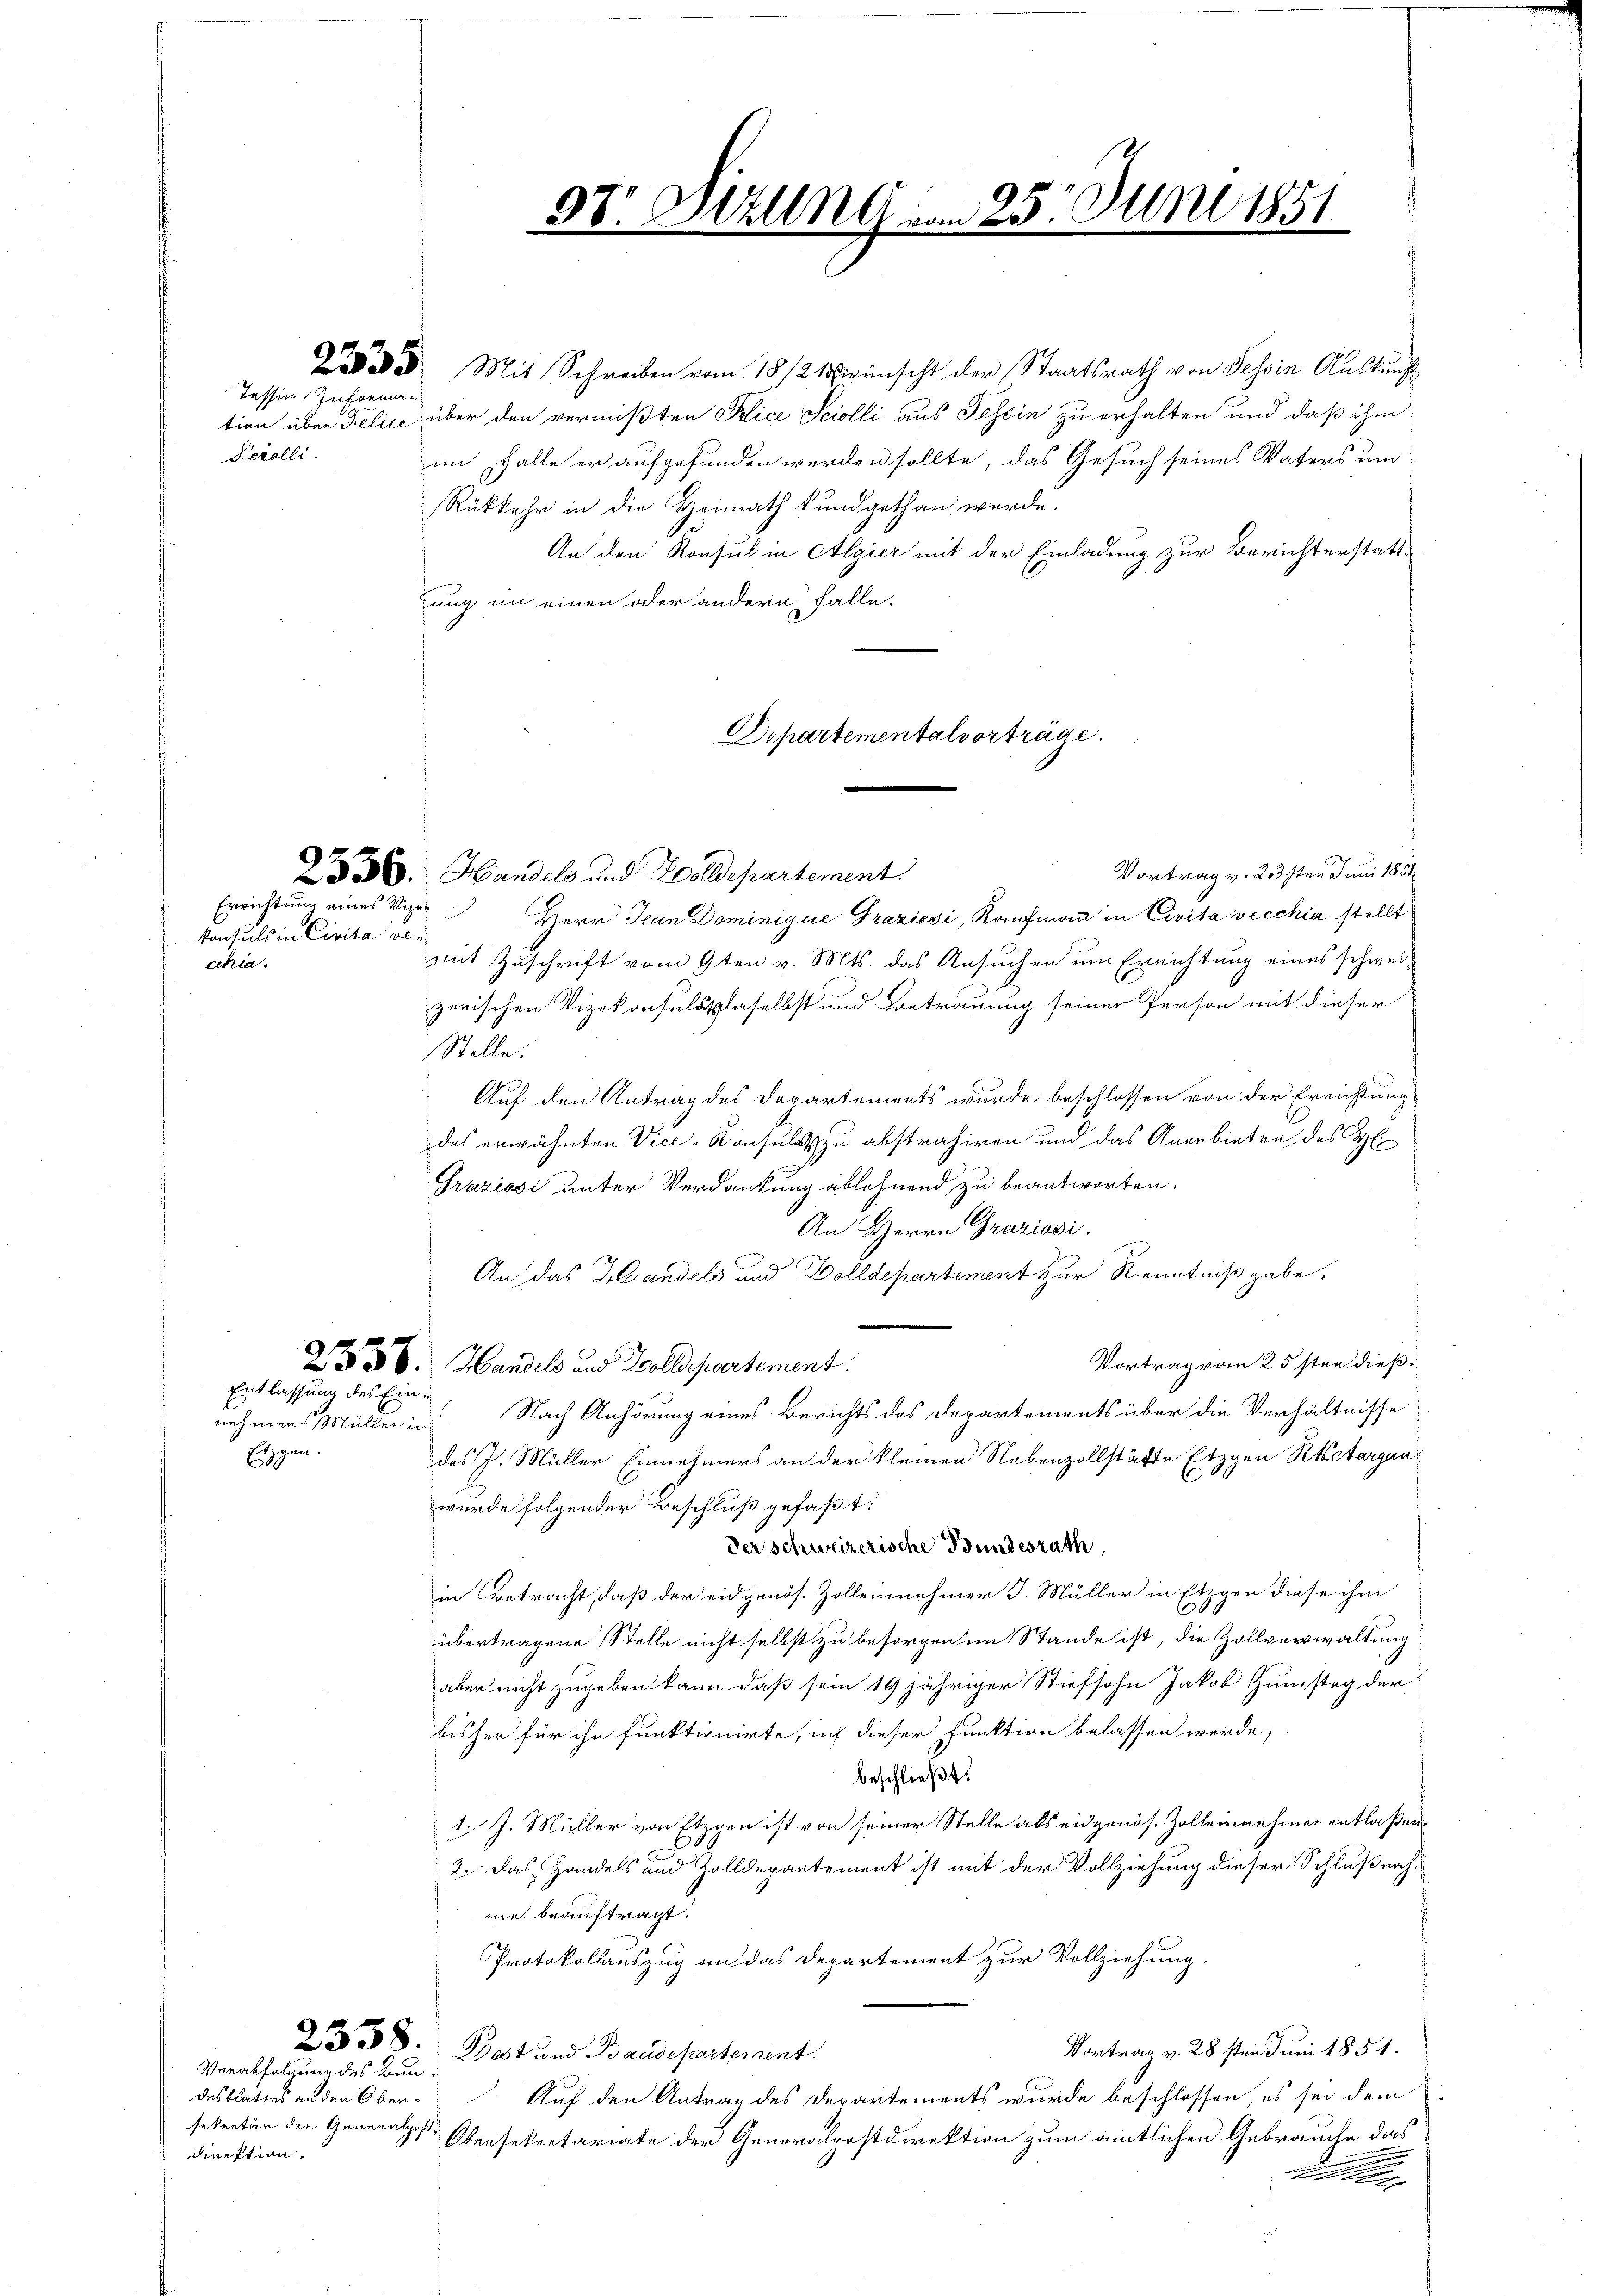
Tessin, Informa¬
Serolli

konsuls in Civita sei
citria.

2556.

nehmens Müller in
Eiggen.

Entlassung des Ein¬

Verabfolgung des Bun
desblattes an den Obendirektion.

. Mit Schreiben vom 18/2 12 wünscht der Staatsrath von Tessin Auskunft
tion über Felice über den vermißten Pice Sciolli aus Tessin zu erhalten und daß ihm
im Falle er aufgefunden werden sollte, das Gesuch seines Vaters um
Rükkehr in die Heimath kundgethan wurde.
An den Konsul in Algier mit der Einladung zur Berichterstattung in einen oder andern falle,
Departementalvorträge.

l
37. Btzung vom 23. Juni 1851

Vortrag v. 23sten Juni 1851
Handels und Zolldepartement
Errichtung eines Vizer Herr Jean Dominigue Graziosi, Kaufmann in Civita vecchia stellt
mit Zuschrift vom 9ten v. Mts. das Ansuchen um Errichtung eines schweizerischen Vizekonsulsplaselbst und Betrauung seiner Person mit dieser
Stelle.
Auf den Antrag des Departements wurde beschlossen von der Errichtung
das erwähnten Vice-Konsul zu abstrahiren und das Anerbieten des H
Graziosi unter Verdankung ablehnend zu beantworten.
An Herrn Graziosi
An das Handels und Dolldepartement zur Kenntnißgabe,
Vortrag vom 25sten dieß:
2336. Handels und Zolldepartement.
Nach Anhörung eines Berichts des Departements über die Verhältnisse
das J. Müller Einnehmers an der kleinen Nebenzollstätte Etzgen Retargauwurde folgender Beschluß gefaßt:
der schweizerische Bundesrath,
in Betracht, daß der eidgenös. Zollennehmer J. Müller in Etzgen diese ihm
übertragene Stelle nicht selbst zu besorgen im Stande ist, die Zollverwaltung
aber nicht zugeben kann, daß sein 19 jähriger Stiefsohn Jakob Zumstag der
bisher für ihn funktionirte, auf dieser Funktion belassen werde,
beschließt:
1 J. Müller von Etzpen ist von seiner Stelle als eidgenös. Zolleinnehmer entlaßen¬
2. Das Handels und Zolldepartement ist mit der Vollziehung dieser Schlußnahme beauftragt.
Protokollauszug an das Departement zur Vollziehung.
2338. Post und Baudepartement.
Vortrag v. 28sten Juni 1851.
Auf den Antrag des Departements wurde beschlossen es sei dem
sekretär der Generalpost Obersekretariate der Generalpostdirektion zum amtlichen Gebrauche das
e